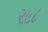
૨૯૮